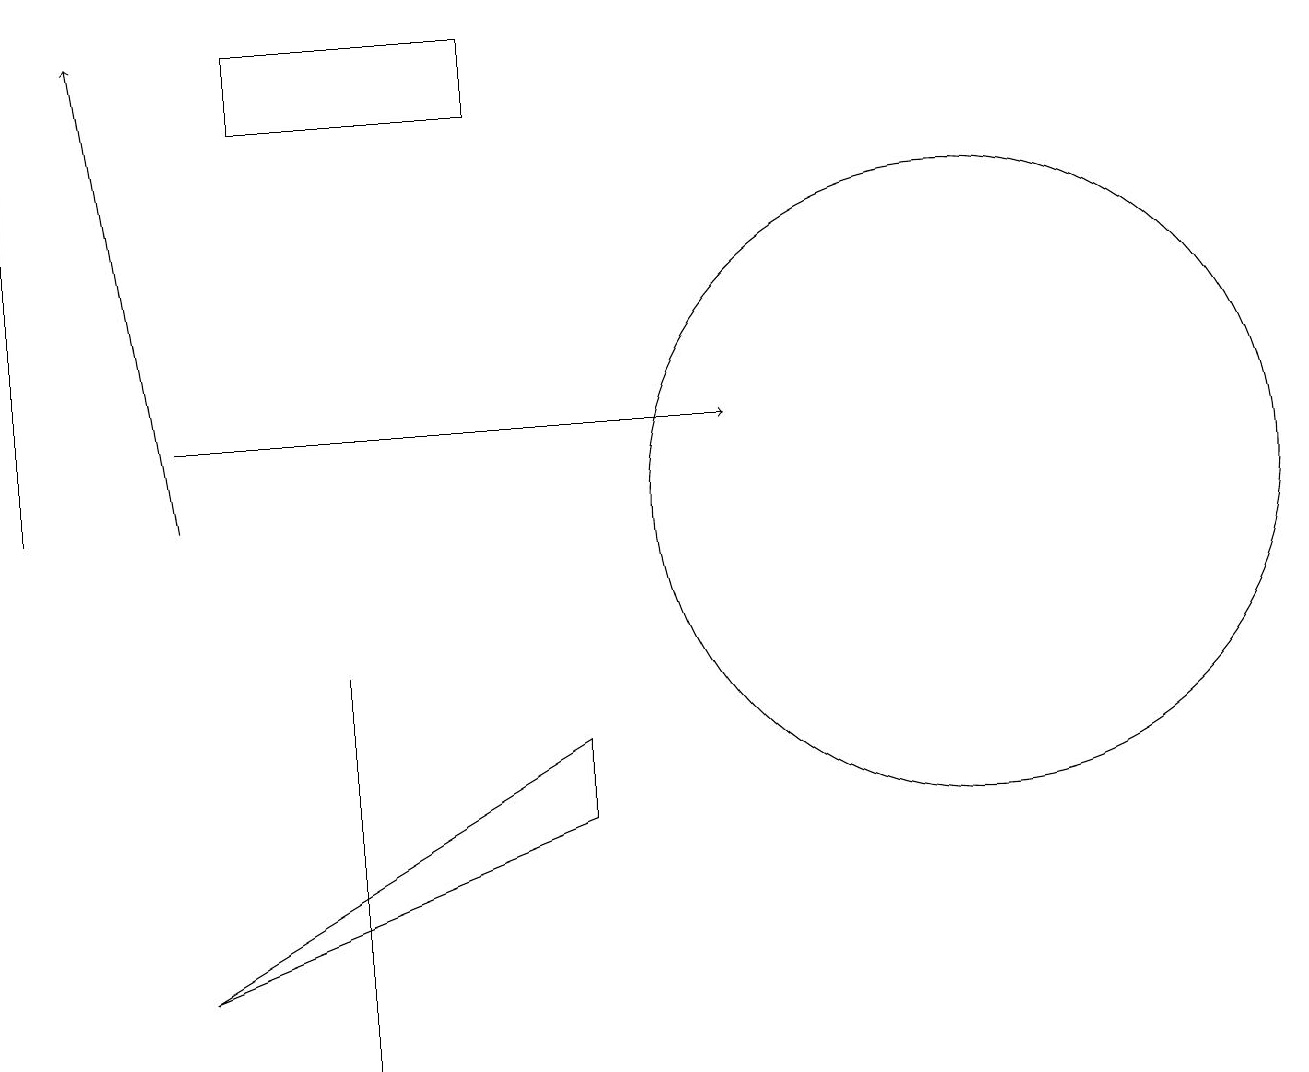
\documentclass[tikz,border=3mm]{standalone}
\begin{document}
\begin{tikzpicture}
\draw[->] (2,12) -- (9,12);
\draw (12,11) circle (4);
\draw (6,16) rectangle (3,17);
\draw (2,5) -- (7,7) -- (7,8) -- cycle;
\draw[->] (2,11) -- (1,17);
\draw (4,9) -- (4,8) -- (4,4) -- cycle;
\draw[->] (0,11) -- (0,16);
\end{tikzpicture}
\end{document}